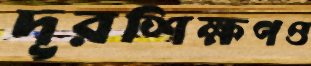
দূরশিক্ষণও